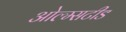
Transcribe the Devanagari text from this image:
ओल्म्सटीड